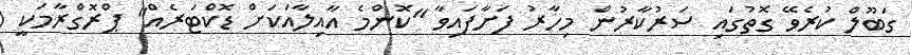
ގަބޫލް ކުރެވޭ ގޮތުގައި ސަރުކާރުން މިހާރު ފަށާފައިވާ "ކޮންމެ އާއިލާއަކަށް ޑޮކްޓަރެއް" ޕްރޮގްރާމަކީ